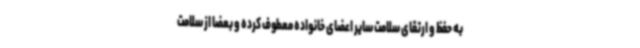
به حفظ و ارتقای سلامت سایر اعضای خانواده معطوف کرده و بعضا از سلامت